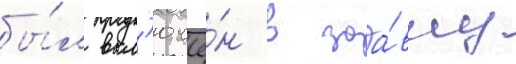
бы́л вкл'ючё́н в заа́вку